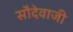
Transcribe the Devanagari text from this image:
सौदेवाजी